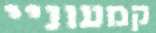
קמעוניי